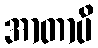
အာတာပိ